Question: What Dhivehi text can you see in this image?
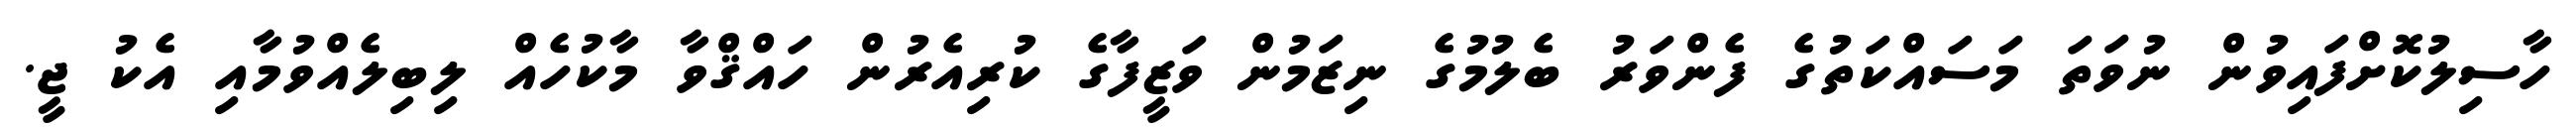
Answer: ހާސިލުކޮށްފައިވުން ނުވަތަ މަސައްކަތުގެ ފެންވަރު ބެލުމުގެ ނިޒަމުން ވަޒީފާގެ ކުރިއެރުން ހައްޤްވާ މާކުހެއް ލިބިލެއްވުމާއި އެކު ޖީ.